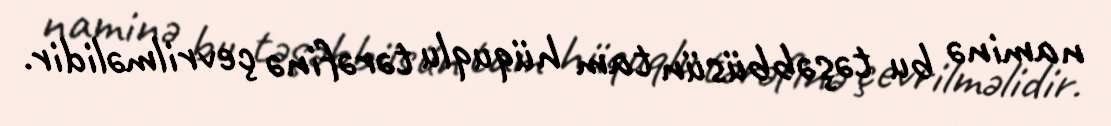
naminə bu təşəbbüsün tam hüquqlu tərəfinə çevrilməlidir.